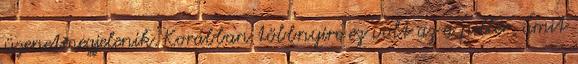
üzenetmegjelenik. Korábban többnyire ez volt az a pillér, amit